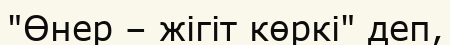
"Өнер – жігіт көркі" деп,